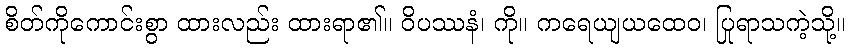
စိတ်ကိုကောင်းစွာ ထားလည်း ထားရာ၏။ ဝိပဿနံ၊ ကို။ ကရေယျယထေဝ၊ ပြုရာသကဲ့သို့။